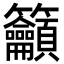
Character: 籲